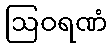
ဩဝရဏံ